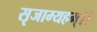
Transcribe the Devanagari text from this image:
सृजाम्यहम्।।